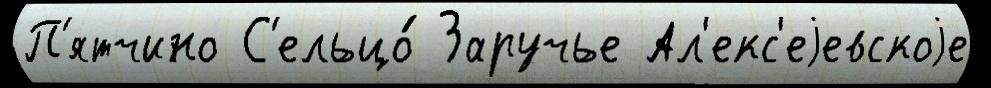
П'ятчино С'ельцо́ Заручье Ал'екс'еjевскоjе